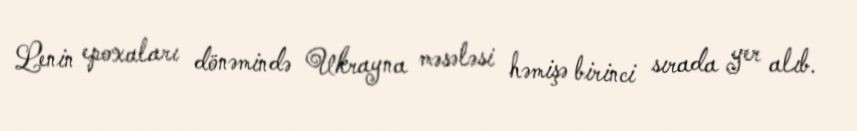
Lenin epoxaları dönəmində Ukrayna məsələsi həmişə birinci sırada yer alıb.